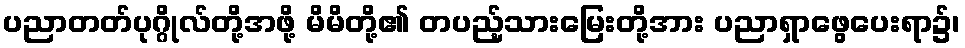
ပညာတတ်ပုဂ္ဂိုလ်တို့အဖို့ မိမိတို့၏ တပည့်သားမြေးတို့အား ပညာရှာဖွေပေးရာ၌၊